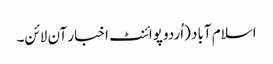
اسلام آباد (اُردو پوائنٹ اخبار آن لائن۔